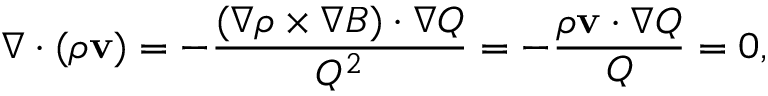
\nabla \cdot ( \rho { \bf v } ) = - \frac { ( \nabla \rho \times \nabla B ) \cdot \nabla Q } { Q ^ { 2 } } = - \frac { \rho { \bf v } \cdot \nabla Q } { Q } = 0 ,